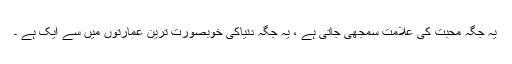
یہ جگہ محبت کی علامت سمجھی جاتی ہے ، یہ جگہ دنیاکی خوبصورت ترین عمارتوں میں سے ایک ہے ۔